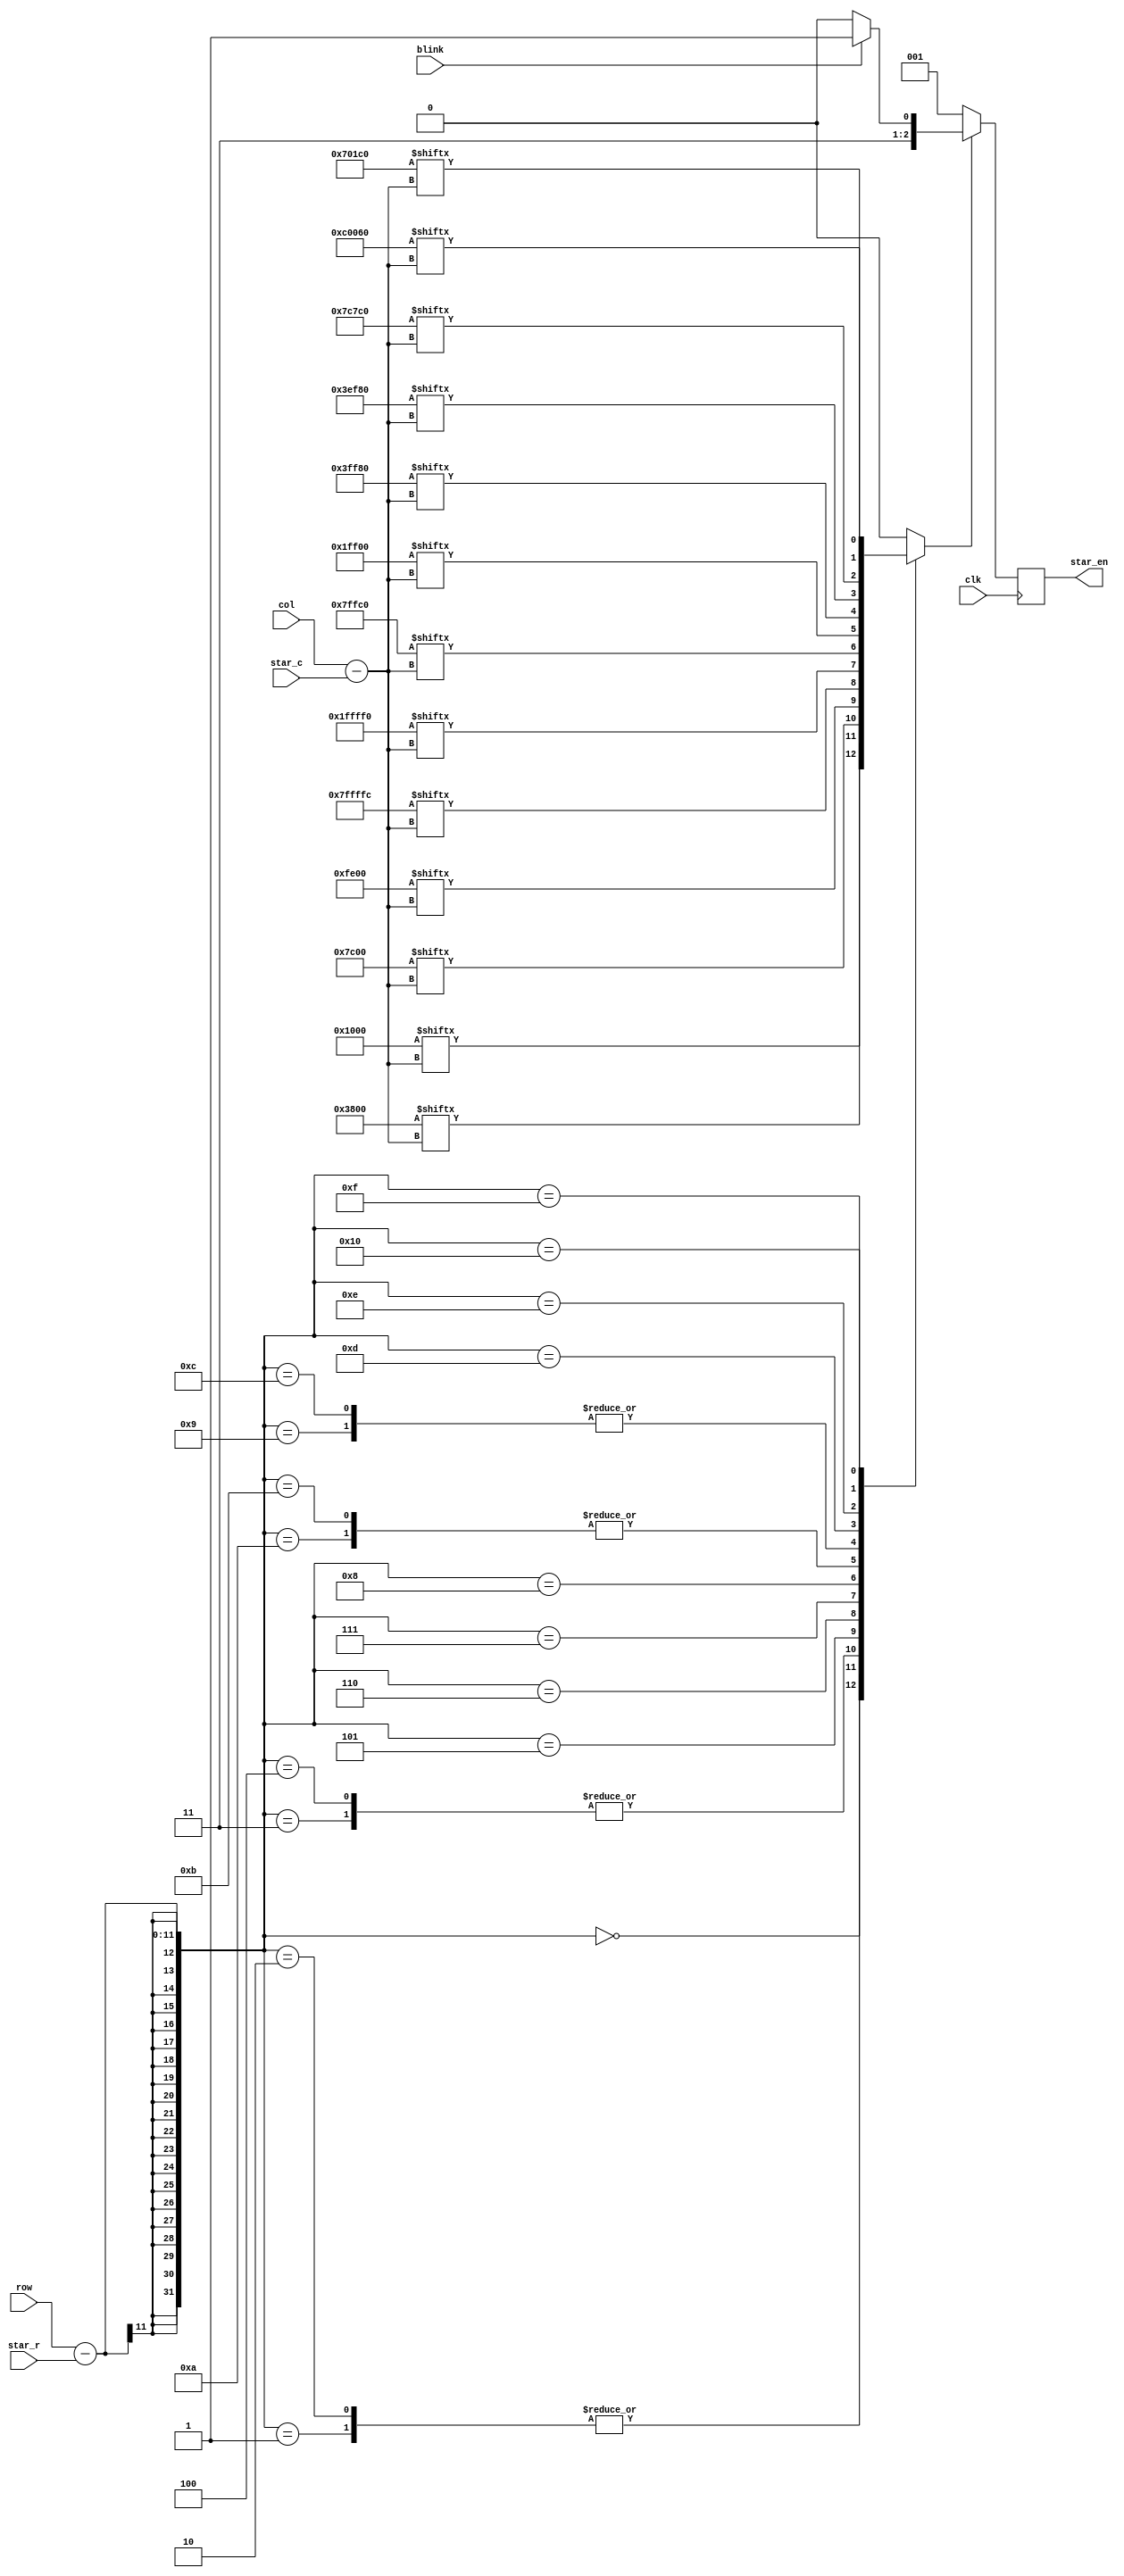
module sSTAR(
	clk,
	col,
	row,
	star_r,
	star_c,
    blink,
	star_en
);
input clk,blink;
//input clk;
input [10:0] col,row,star_r,star_c;
output reg [2:0] star_en;
//output star_en;

reg flag;
//wire [24:0]star[0:16];
wire [24:0] r_a,r_b,r_c,r_d,r_e,r_f,r_g,r_h,r_i,r_j,r_k,r_l,r_m,r_n,r_o,r_p,r_q;
//assign star_en=flag;
/* my ugly star
assign star[0] =11'b00000100000;
assign star[1] =11'b00000100000;
assign star[2] =11'b00001110000;
assign star[3] =11'b00011111000;
assign star[4] =11'b00111111100;
assign star[5] =11'b11111111111;
assign star[6] =11'b00111111000;
assign star[7] =11'b00011110000;
assign star[8] =11'b00110011000;
assign star[9] =11'b01100000110;
assign star[10]=11'b10000000001;
*/
/*assign star[0] = 25'b0000000000001000000000000;
assign star[1] = 25'b0000000000011100000000000;
assign star[2] = 25'b0000000000011100000000000;
assign star[3] = 25'b0000000000111110000000000;
assign star[4] = 25'b0000000000111110000000000;
assign star[5] = 25'b0000000001111111000000000;
assign star[6] = 25'b0011111111111111111111100;
assign star[7] = 25'b0000111111111111111110000;
assign star[8] = 25'b0000001111111111111000000;
assign star[9] = 25'b0000000111111111110000000;
assign star[10]= 25'b0000000011111111100000000;
assign star[11]= 25'b0000000011111111100000000;
assign star[12]= 25'b0000000111111111110000000;
assign star[13]= 25'b0000000111110111110000000;
assign star[14]= 25'b0000001111100011111000000;
assign star[15]= 25'b0000001110000000111000000;
assign star[16]= 25'b0000011000000000001100000;*/

assign r_a = 25'b0000000000001000000000000;
assign r_b = 25'b0000000000011100000000000;
assign r_c = 25'b0000000000011100000000000;
assign r_d = 25'b0000000000111110000000000;
assign r_e = 25'b0000000000111110000000000;
assign r_f = 25'b0000000001111111000000000;
assign r_g = 25'b0011111111111111111111100;
assign r_h = 25'b0000111111111111111110000;
assign r_i = 25'b0000001111111111111000000;
assign r_j = 25'b0000000111111111110000000;
assign r_k = 25'b0000000011111111100000000;
assign r_l = 25'b0000000011111111100000000;
assign r_m = 25'b0000000111111111110000000;
assign r_n = 25'b0000000111110111110000000;
assign r_o = 25'b0000001111100011111000000;
assign r_p = 25'b0000001110000000111000000;
assign r_q = 25'b0000011000000000001100000;
//flag
always@(*)begin
	case(row-star_r)
		0 : flag <= r_a [col-star_c];
		1 : flag <= r_b [col-star_c];
		2 : flag <= r_c [col-star_c];
		3 : flag <= r_d [col-star_c];
		4 : flag <= r_e [col-star_c];
		5 : flag <= r_f [col-star_c];
		6 : flag <= r_g [col-star_c];
		7 : flag <= r_h [col-star_c];
		8 : flag <= r_i [col-star_c];
		9 : flag <= r_j [col-star_c];
		10: flag <= r_k [col-star_c];
		11: flag <= r_l [col-star_c];
		12: flag <= r_m [col-star_c];
		13: flag <= r_n [col-star_c];
		14: flag <= r_o [col-star_c];
		15: flag <= r_p [col-star_c];
		16: flag <= r_q [col-star_c];
		default: flag<=0;
	endcase
end
/*
//flag
always@(posedge clk ) begin
	case(row-star_r)
	//0,1,2,3,4,5,6,7,8,9,10,11,12,13,14,15,16:flag<=star[row-star_r][col-star_c];
        0 : flag <= star[0] [col-star_c];
		1 : flag <= star[1] [col-star_c];
		2 : flag <= star[2] [col-star_c];
		3 : flag <= star[3] [col-star_c];
		4 : flag <= star[4] [col-star_c];
		5 : flag <= star[5] [col-star_c];
		6 : flag <= star[6] [col-star_c];
		7 : flag <= star[7] [col-star_c];
		8 : flag <= star[8] [col-star_c];
		9 : flag <= star[9] [col-star_c];
		10: flag <= star[10] [col-star_c];
		11: flag <= star[11] [col-star_c];
		12: flag <= star[12] [col-star_c];
		13: flag <= star[13] [col-star_c];
		14: flag <= star[14] [col-star_c];
		15: flag <= star[15] [col-star_c];
		16: flag <= star[16] [col-star_c];
        
    /*case(row)
	//central star
		58:flag<=star[0][col-388];
		59:flag<=star[1][col-388];
		60:flag<=star[2][col-388];
		61:flag<=star[3][col-388];
		62:flag<=star[4][col-388];
		63:flag<=star[5][col-388];
		64:flag<=star[6][col-388];
		65:flag<=star[7][col-388];
		66:flag<=star[8][col-388];
		67:flag<=star[9][col-388];
		68:flag<=star[10][col-388];
		69:flag<=star[11][col-388];
		70:flag<=star[12][col-388];
		71:flag<=star[13][col-388];
		72:flag<=star[14][col-388];
		73:flag<=star[15][col-388];
		74:flag<=star[16][col-388];
	//layer1
		150:flag<=(star[0][col-313]||star[0][col-463]);	
		151:flag<=(star[1][col-313]||star[1][col-463]);
		152:flag<=(star[2][col-313]||star[2][col-463]);
		153:flag<=(star[3][col-313]||star[3][col-463]);
		154:flag<=(star[4][col-313]||star[4][col-463]);
		155:flag<=(star[5][col-313]||star[5][col-463]);
		156:flag<=(star[6][col-313]||star[6][col-463]);
		157:flag<=(star[7][col-313]||star[7][col-463]);
		158:flag<=(star[8][col-313]||star[8][col-463]);
		159:flag<=(star[9][col-313]||star[9][col-463]);
		160:flag<=(star[10][col-313]||star[10][col-463]);
		161:flag<=(star[11][col-313]||star[11][col-463]);
		162:flag<=(star[12][col-313]||star[12][col-463]);
		163:flag<=(star[13][col-313]||star[13][col-463]);
		164:flag<=(star[14][col-313]||star[14][col-463]);
		165:flag<=(star[15][col-313]||star[15][col-463]);
		166:flag<=(star[16][col-313]||star[16][col-463]);
	//layer2	
		275:flag<=(star[0][col-263]||star[0][col-513]);	
		276:flag<=(star[1][col-263]||star[1][col-513]);
		277:flag<=(star[2][col-263]||star[2][col-513]);
		278:flag<=(star[3][col-263]||star[3][col-513]);
		279:flag<=(star[4][col-263]||star[4][col-513]);
		280:flag<=(star[5][col-263]||star[5][col-513]);
		281:flag<=(star[6][col-263]||star[6][col-513]);
		282:flag<=(star[7][col-263]||star[7][col-513]);
		283:flag<=(star[8][col-263]||star[8][col-513]);
		284:flag<=(star[9][col-263]||star[9][col-513]);
		285:flag<=(star[10][col-263]||star[10][col-513]);
		286:flag<=(star[11][col-263]||star[11][col-513]);
		287:flag<=(star[12][col-263]||star[12][col-513]);
		288:flag<=(star[13][col-263]||star[13][col-513]);
		289:flag<=(star[14][col-263]||star[14][col-513]);
		290:flag<=(star[15][col-263]||star[15][col-513]);
		291:flag<=(star[16][col-263]||star[16][col-513]);
	//layer3	
		450:flag<=(star[0][col-213]||star[0][col-563]);	
		451:flag<=(star[1][col-213]||star[1][col-563]);
		452:flag<=(star[2][col-213]||star[2][col-563]);
		453:flag<=(star[3][col-213]||star[3][col-563]);
		454:flag<=(star[4][col-213]||star[4][col-563]);
		455:flag<=(star[5][col-213]||star[5][col-563]);
		456:flag<=(star[6][col-213]||star[6][col-563]);
		457:flag<=(star[7][col-213]||star[7][col-563]);
		458:flag<=(star[8][col-213]||star[8][col-563]);
		459:flag<=(star[9][col-213]||star[9][col-563]);
		460:flag<=(star[10][col-213]||star[10][col-563]);
		461:flag<=(star[11][col-213]||star[11][col-563]);
		462:flag<=(star[12][col-213]||star[12][col-563]);
		463:flag<=(star[13][col-213]||star[13][col-563]);
		464:flag<=(star[14][col-213]||star[14][col-563]);
		465:flag<=(star[15][col-213]||star[15][col-563]);
		466:flag<=(star[16][col-213]||star[16][col-563]);
		
		//17x25
		default:flag<=0;
	endcase
end
*/
//star_en
always@(posedge clk) begin
	if(flag) begin
		if(blink) star_en<=3'b111;//white
		else star_en<=3'b110;//yellow
	end
	else star_en<=3'b001;//blue
end


endmodule